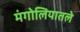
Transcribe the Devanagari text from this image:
मंगोलियातले